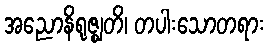
အညောနိရုဇ္ဈတိ၊ တပါးသောတရား